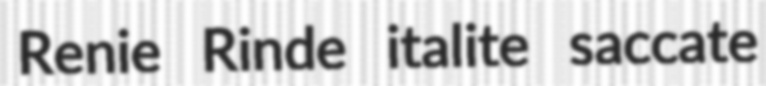
Renie Rinde italite saccate